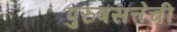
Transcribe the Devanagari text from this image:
पुरुषसत्तेची